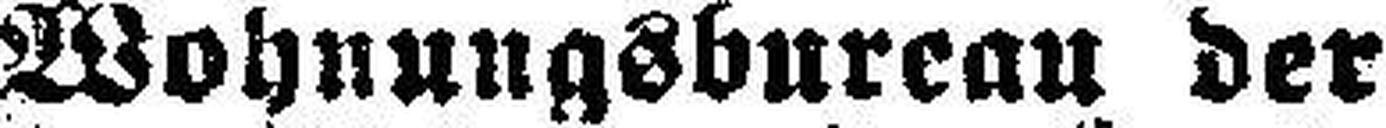
Wohnungsbureau der